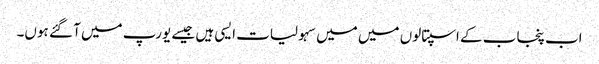
اب پنجاب کے اسپتالوں میں میں سہولیات ایسی ہیں جیسے یورپ میں آ گئے ہوں۔